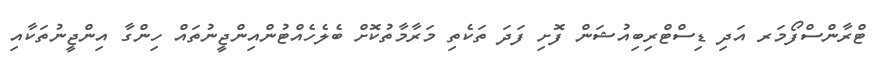
ޓްރާންސްފޯމަރ އަދި ޑިސްޓްރިބިއުޝަން ފޮށި ފަދަ ތަކެތި މަރާމާތުކޮށް ބެލެހެއްޓުންއިންޖީނުތައް ހިންގާ އިންޖީނުތަކާއި